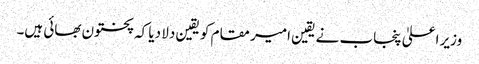
وزیر اعلیٰ پنجاب نے یقین امیر مقام کو یقین دلا دیا کہ پختون بھائی ہیں۔